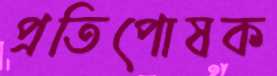
প্রতিপোষক